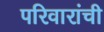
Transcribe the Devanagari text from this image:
परिवारांची